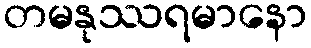
တမနုဿရမာနော